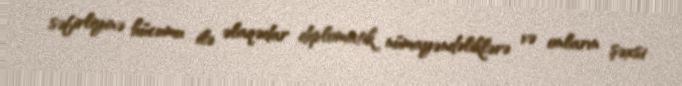
səfirliyinə hücumu ilə əlaqədar diplomatik nümayəndəliklərə və onların şəxsi